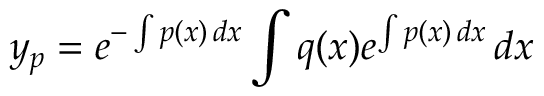
y _ { p } = e ^ { - \int p ( x ) \, d x } \int q ( x ) e ^ { \int p ( x ) \, d x } \, d x